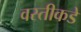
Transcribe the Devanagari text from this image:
वस्तीकडे